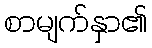
စာမျက်နှာ၏